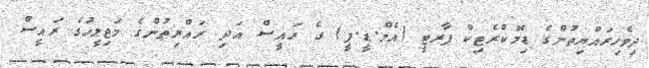
ދިވެހިރައްޔިތުންގެ ޑިމޮކްރެޓިކް ޕާރޓީ (އެމް.ޑީ.ޕީ) ގެ ރައީސް އަދި ރައްޔިތުންގެ މަޖިލީހުގެ ރައީސް